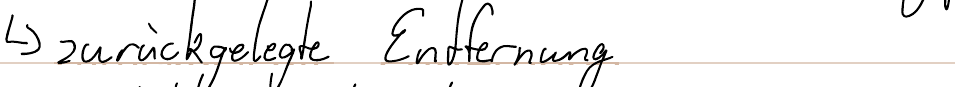
-> zurückgelegte Entfernung